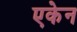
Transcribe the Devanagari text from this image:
एकेन